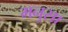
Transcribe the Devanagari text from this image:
मनुसा